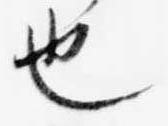
也